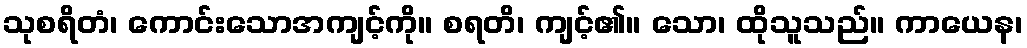
သုစရိတံ၊ ကောင်းသောအကျင့်ကို။ စရတိ၊ ကျင့်၏။ သော၊ ထိုသူသည်။ ကာယေန၊